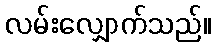
လမ်းလျှောက်သည်။